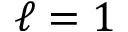
\ell = 1